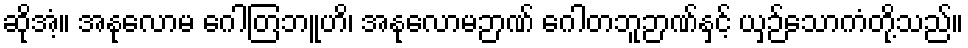
ဆိုအံ့။ အနုလောမ ဂေါတြဘူဟိ၊ အနုလောမဉာဏ် ဂေါတဘူဉာဏ်နှင့် ယှဉ်သောကံတို့သည်။